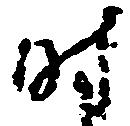
時